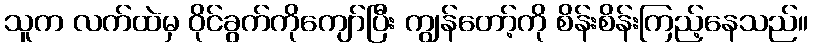
သူက လက်ထဲမှ ဝိုင်ခွက်ကိုကျော်ပြီး ကျွန်တော့်ကို စိန်းစိန်းကြည့်နေသည်။